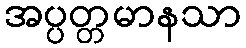
အပ္ပတ္တမာနသာ